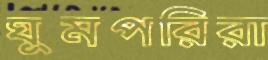
ঘুমপরিরা